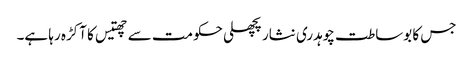
جس کا بوساطت چوہدری نثار پچھلی حکومت سے چھتیس کا آکڑہ رہا ہے۔